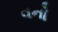
વનો